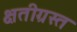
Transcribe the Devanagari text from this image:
क्षतीग्रस्त